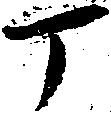
丁